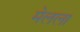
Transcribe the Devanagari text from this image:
मेलला